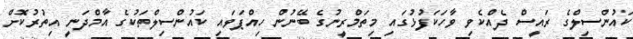
ކައުންސިލްގެ ރައީސް ދެއްކެވި ވާހަކަފުޅުގައި މިތަމްރީނުގެ ބޭނުން ހިއްޕަވައި ކައުންސިލްތަކުގެ އާމްދަނީ އިތުރުކޮށް